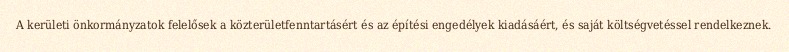
A kerületi önkormányzatok felelősek a közterületfenntartásért és az építési engedélyek kiadásáért, és saját költségvetéssel rendelkeznek.